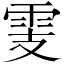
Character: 𩂏